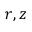
r , z